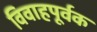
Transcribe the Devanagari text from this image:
विवाहपूर्वक